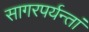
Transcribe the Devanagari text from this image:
सागरपर्यन्तां